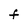
Character: f